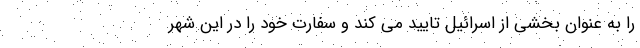
را به عنوان بخشی از اسرائیل تایید می کند و سفارت خود را در این شهر